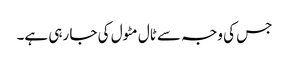
جس کی وجہ سے ٹال مٹول کی جا رہی ہے۔